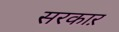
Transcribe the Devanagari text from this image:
सरकाऱ